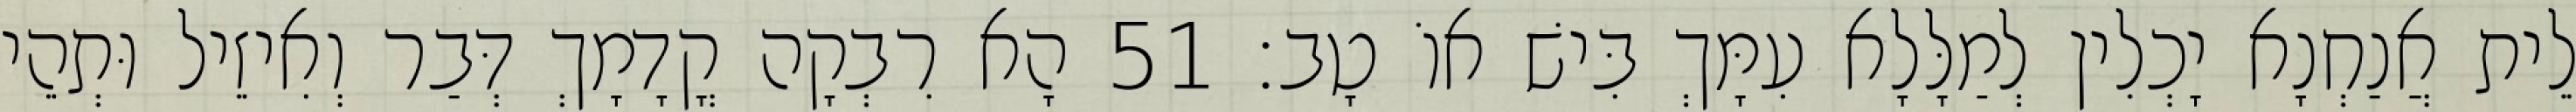
לֵית אֲנַחְנָא יָכְלִין לְמַלָּלָא עִמָּךְ בִּישׁ אוֹ טָב׃ 51 הָא רִבְקָה קֳדָמָךְ דְּבַר וְאִיזֵיל וּתְהֵי